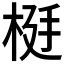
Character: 𬂹